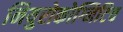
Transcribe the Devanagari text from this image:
नियुरोकोग्निटिव